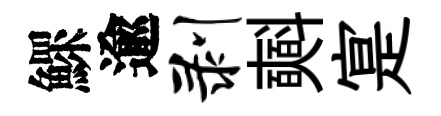
鰥逾剥𣂏寔